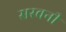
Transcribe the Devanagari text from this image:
सरवनी